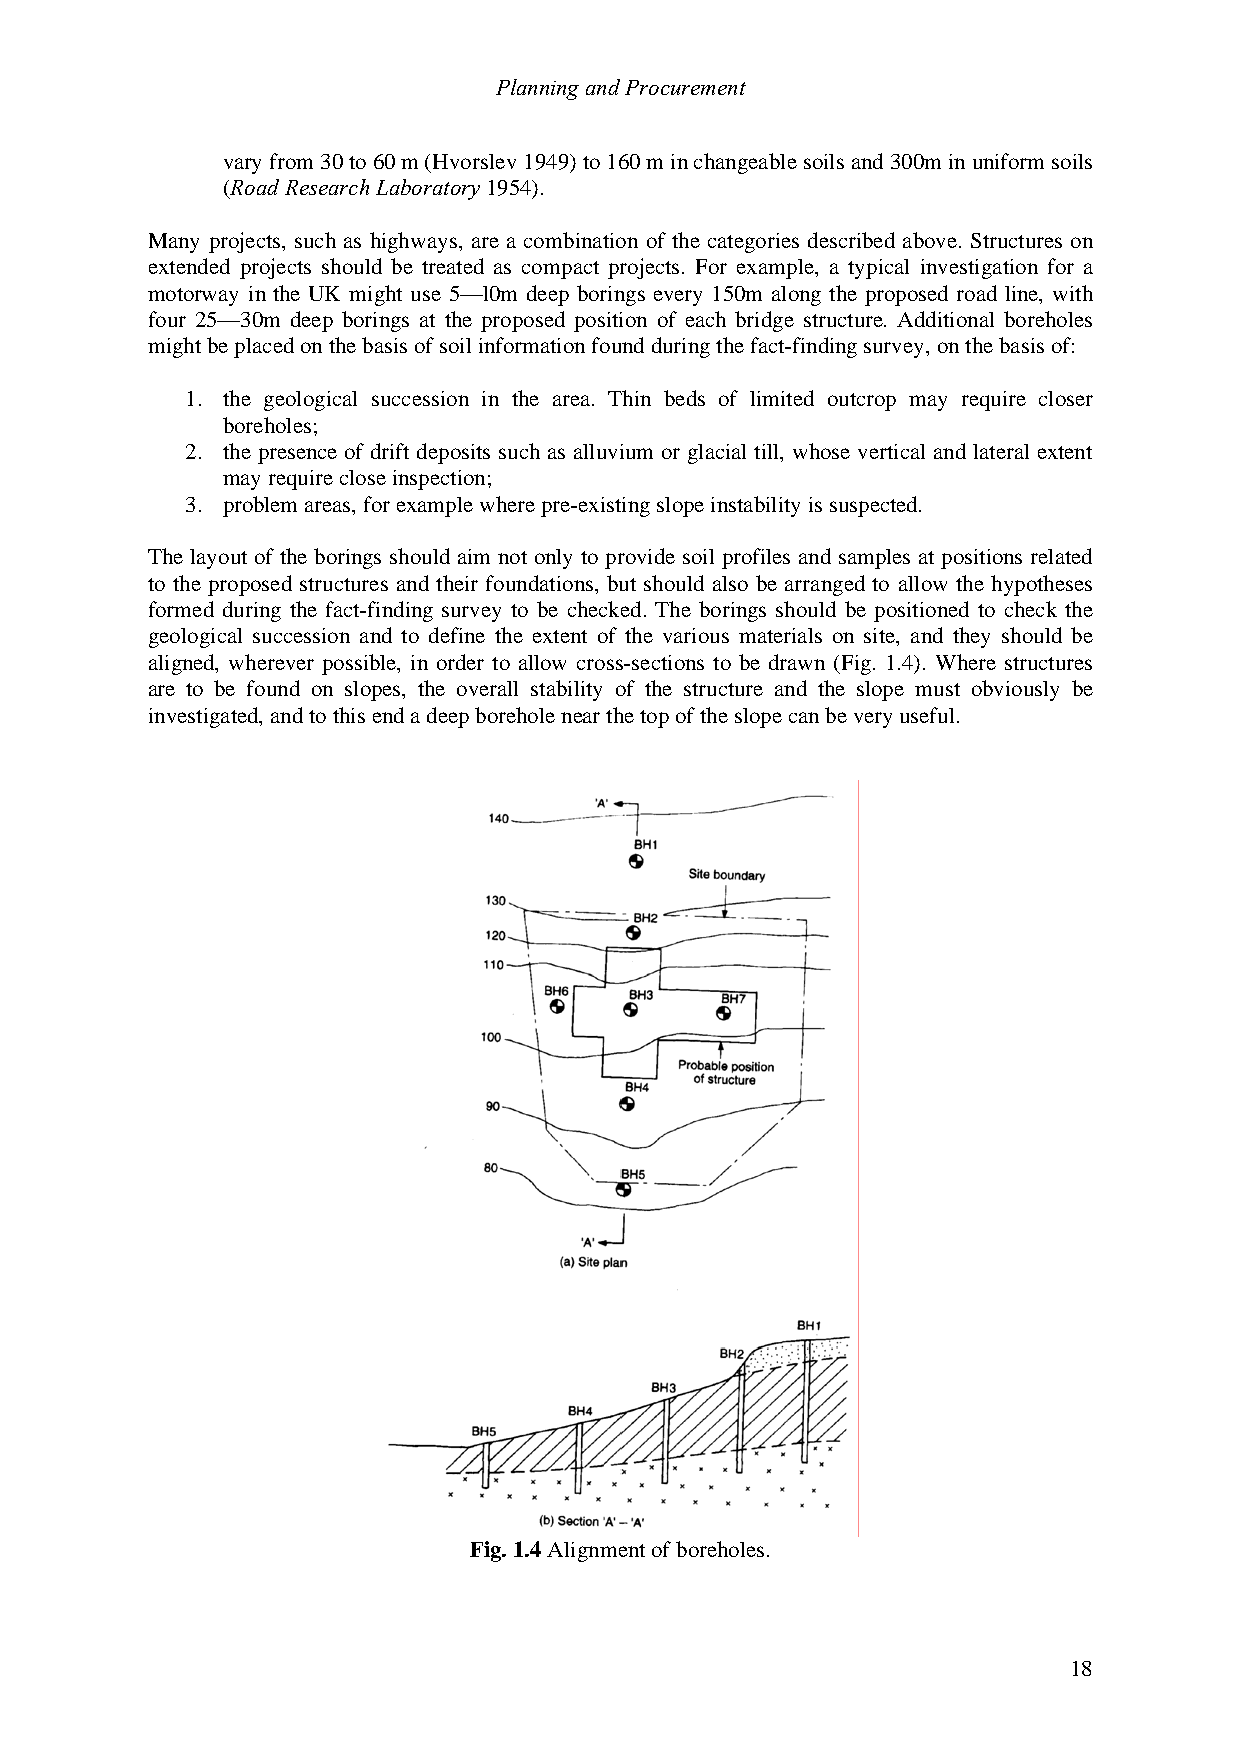
Planning and Procurement
 vary from 30 to 60 m (Hvorslev 1949) to 160 m in changeable soils and 300m in uniform soils
 (Road Research Laboratory 1954).
 Many projects, such as highways, are a combination of the categories described above. Structures on
 extended projects should be treated as compact projects. For example, a typical investigation for a
 motorway in the UK might use 5—l0m deep borings every 150m along the proposed road line, with
 four 25—30m deep borings at the proposed position of each bridge structure. Additional boreholes
 might be placed on the basis of soil information found during the fact-finding survey, on the basis of:
 1. the geological succession in the area. Thin beds of limited outcrop may require closer
 boreholes;
 2. the presence of drift deposits such as alluvium or glacial till, whose vertical and lateral extent
 may require close inspection;
 3. problem areas, for example where pre-existing slope instability is suspected.
 The layout of the borings should aim not only to provide soil profiles and samples at positions related
 to the proposed structures and their foundations, but should also be arranged to allow the hypotheses
 formed during the fact-finding survey to be checked. The borings should be positioned to check the
 geological succession and to define the extent of the various materials on site, and they should be
 aligned, wherever possible, in order to allow cross-sections to be drawn (Fig. 1.4). Where structures
 are to be found on slopes, the overall stability of the structure and the slope must obviously be
 investigated, and to this end a deep borehole near the top of the slope can be very useful.
 Fig. 1.4 Alignment of boreholes.
 18